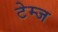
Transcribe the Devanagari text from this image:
टेम्ज